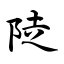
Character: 陡